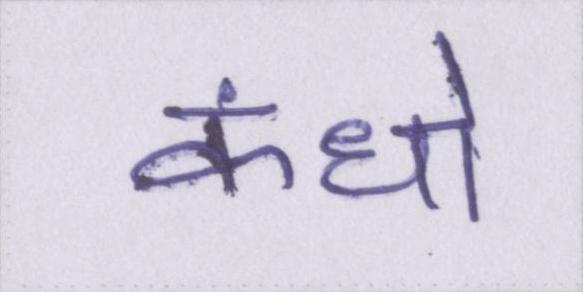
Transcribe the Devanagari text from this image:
कंधो